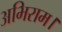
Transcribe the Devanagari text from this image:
अभिराम।